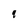
Character: 9